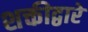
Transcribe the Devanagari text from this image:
शक्तीद्वारे